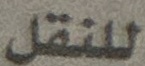
للنقل